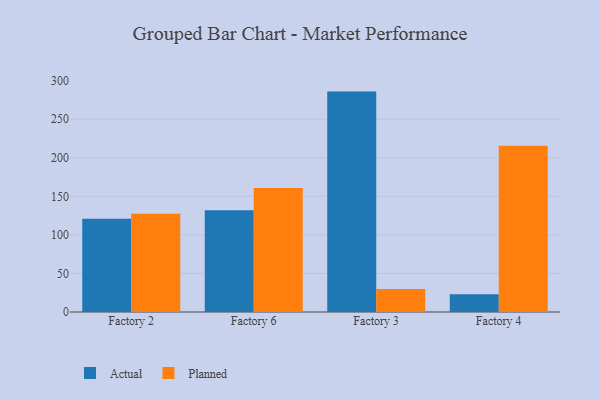
{"axis": {"x": "Factory", "y": "Customer Acquisition Cost (USD)"}, "legend": ["Actual", "Planned"], "data": [{"x": "Factory 2", "y": 121.1, "type": "Actual"}, {"x": "Factory 2", "y": 127.3, "type": "Planned"}, {"x": "Factory 6", "y": 132.0, "type": "Actual"}, {"x": "Factory 6", "y": 160.9, "type": "Planned"}, {"x": "Factory 3", "y": 285.9, "type": "Actual"}, {"x": "Factory 3", "y": 29.7, "type": "Planned"}, {"x": "Factory 4", "y": 22.9, "type": "Actual"}, {"x": "Factory 4", "y": 215.7, "type": "Planned"}]}